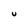
Character: U